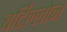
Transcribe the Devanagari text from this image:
बर्टिल्लोन